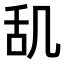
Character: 𫇔